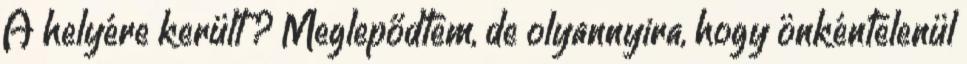
A helyére került ? Meglepődtem, de olyannyira, hogy önkéntelenül